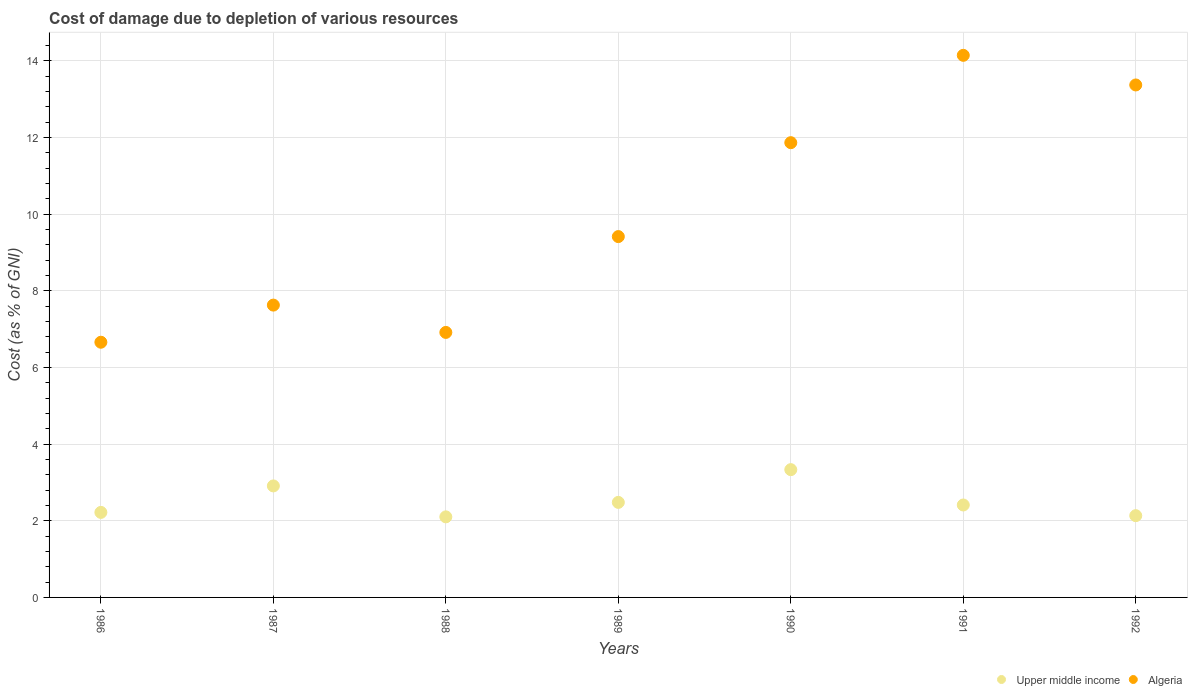
| Years | Upper middle income | Algeria |
 | --- | --- | --- |
 | 1986 | 2.22 | 6.66 |
 | 1987 | 2.91 | 7.63 |
 | 1988 | 2.1 | 6.92 |
 | 1989 | 2.48 | 9.42 |
 | 1990 | 3.33 | 11.9 |
 | 1991 | 2.41 | 14.1 |
 | 1992 | 2.13 | 13.4 |